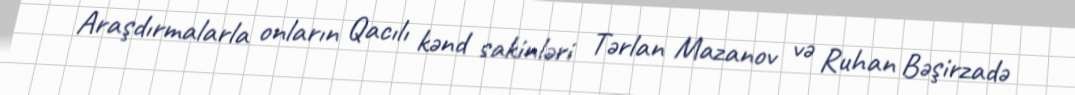
Araşdırmalarla onların Qacılı kənd sakinləri Tərlan Mazanov və Ruhan Bəşirzadə